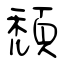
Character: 頹